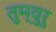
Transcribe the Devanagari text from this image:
तुम्वुरु